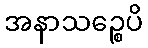
အနာသဉ္စေပိ